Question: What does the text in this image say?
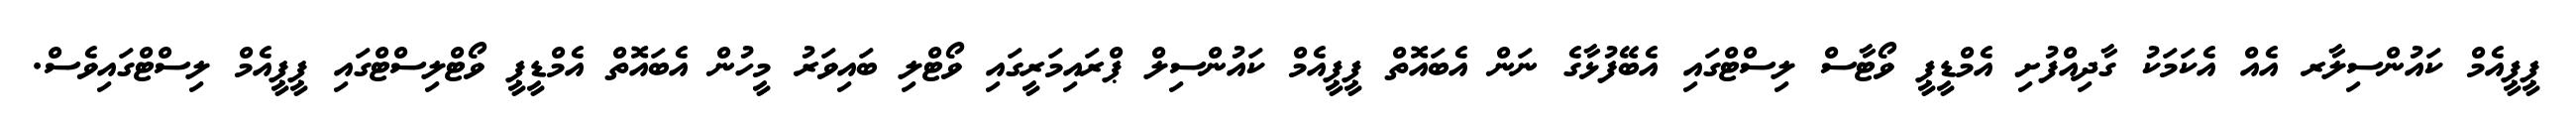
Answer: ޕީޕީއެމް ކައުންސިލާރ އެއް އެކަމަކު ގާދިއްފުށި އެމްޑީޕީ ވޯޓާސް ލިސްޓްގައި އެބޭފުޅާގެ ނަން އެބައޮތް ޕީޕީއެމް ކައުންސިލް ޕްރައިމަރީގައި ވޯޓްލި ބައިވަރު މީހުން އެބައޮތް އެމްޑީޕީ ވޯޓްލިސްޓްގައި ޕީޕީއެމް ލިސްޓްގައިވެސް.